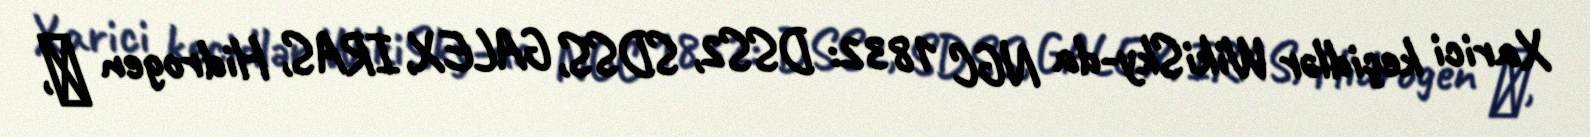
Xarici keçidlər WikiSky-da NGC 1832: DSS2, SDSS, GALEX, IRAS, Hidrogen α,